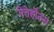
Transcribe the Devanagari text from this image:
पेतेर्होउस